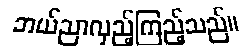
ဘယ်ညာလှည့်ကြည့်သည်။